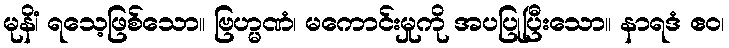
မုနိံ၊ ရသေ့ဖြစ်သော။ ဗြဟ္မဏံ၊ မကောင်းမှုကို အပပြုပြီးသော။ နာရဒံ ဧဝ၊